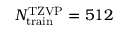
N _ { \mathrm { t r a i n } } ^ { \mathrm { T Z V P } } = 5 1 2